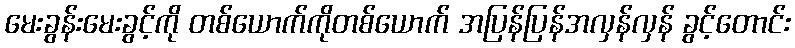
မေးခွန်းမေးခွင့်ကို တစ်ယောက်ကိုတစ်ယောက် အပြန်ပြန်အလှန်လှန် ခွင့်တောင်း